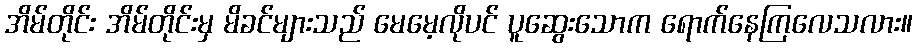
အိမ်တိုင်း အိမ်တိုင်းမှ မိခင်များသည် မေမေ့လိုပင် ပူဆွေးသောက ရောက်နေကြလေသလား။